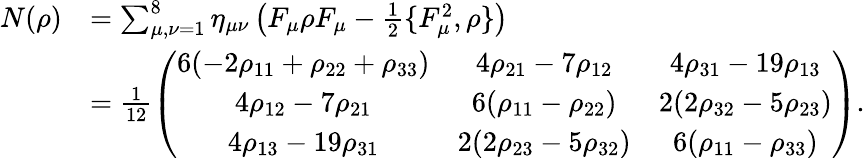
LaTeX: \begin{array}{rl}{N(\rho)}&{=\sum_{\mu,\nu=1}^{8}\eta_{\mu\nu}\left(F_{\mu}\rho F_{\mu}-\frac{1}{2}\{ F_{\mu}^{2},\rho\} \right)}\\ &{=\frac{1}{12}\left(\begin{array}{ccc}{6(-2\rho_{11}+\rho_{22}+\rho_{33})}&{4\rho_{21}-7\rho_{12}}&{4\rho_{31}-19\rho_{13}}\\ {4\rho_{12}-7\rho_{21}}&{6(\rho_{11}-\rho_{22})}&{2(2\rho_{32}-5\rho_{23})}\\ {4\rho_{13}-19\rho_{31}}&{2(2\rho_{23}-5\rho_{32})}&{6(\rho_{11}-\rho_{33})}\end{array}\right).}\end{array}